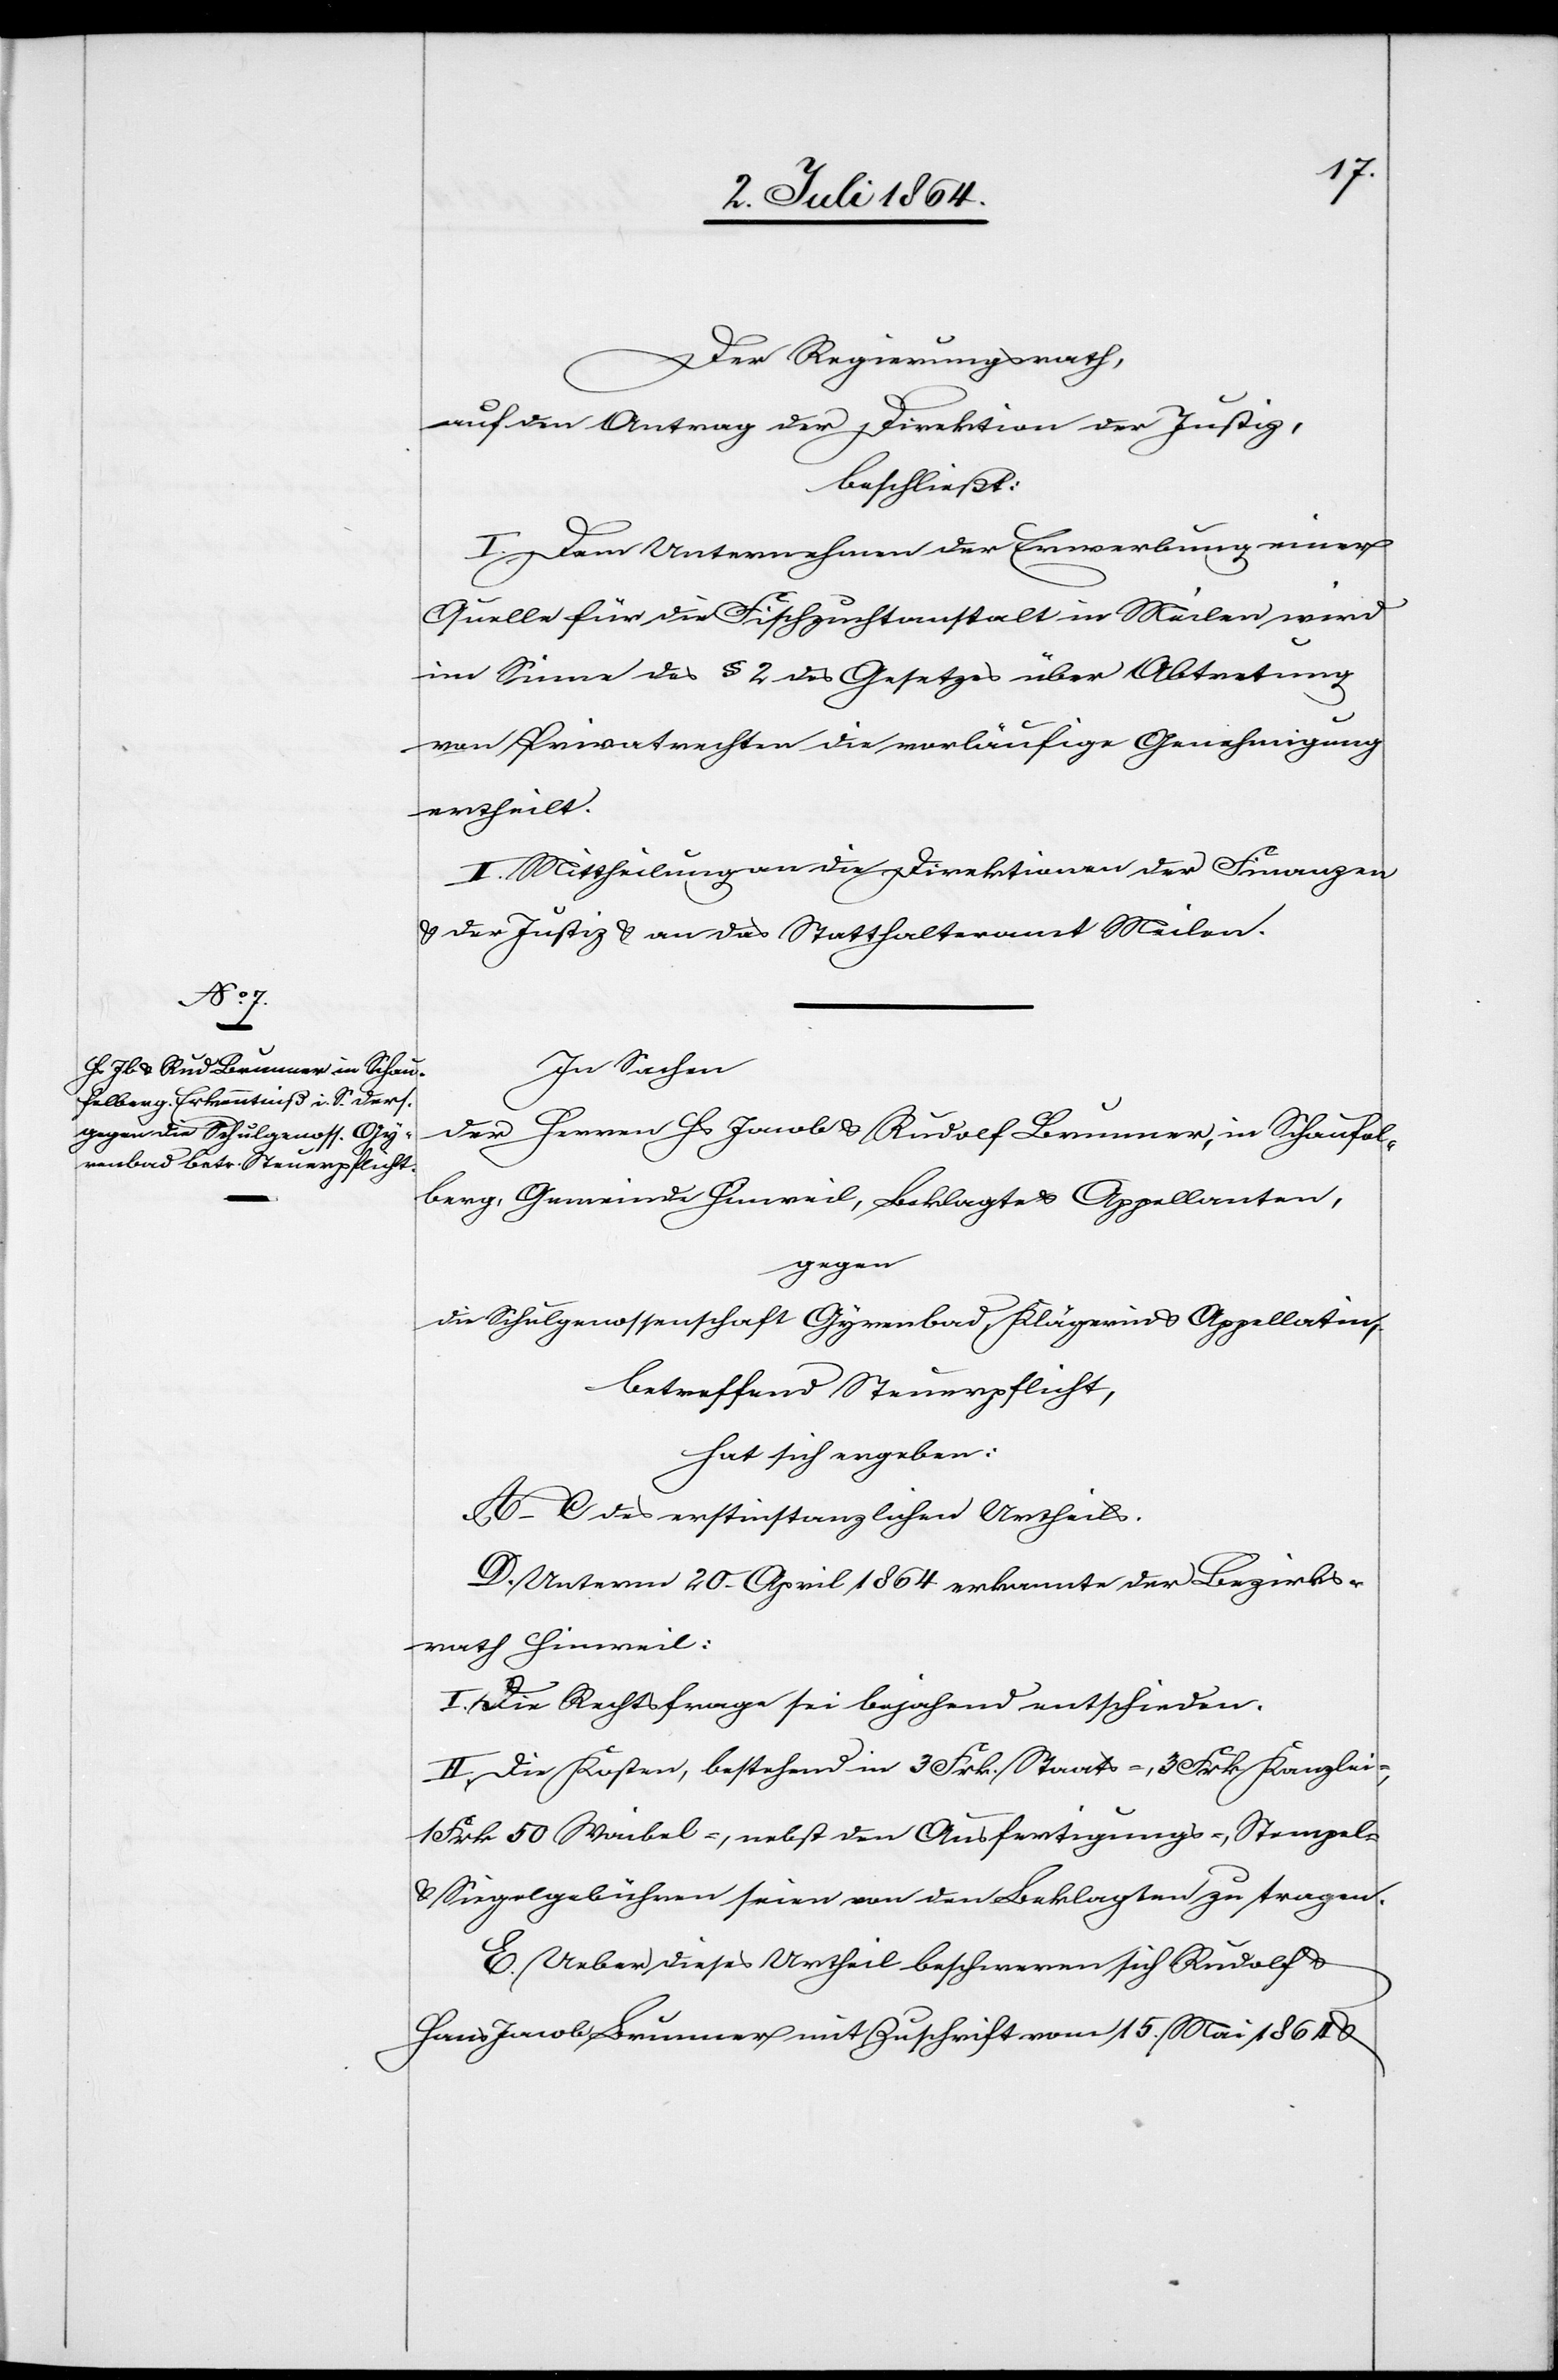
Der Regierungsrath,
auf den Antrag der Direktion der Justiz,
beschließt:
I. Dem Unternehmen der Erwerbung einer
Quelle für die Fischzuchtanstalt in Meilen wird
im Sinne des § 2 des Gesetzes über Abtretung
von Privatrechten die vorläufige Genehmigung
ertheilt.
II. Mittheilung an die Direktionen der Finanzen
u. der Justiz u. an das Statthalteramt Meilen.
In Sachen
der Herren Hs Jacob u. Rudolf Brunner, in Schaufel¬
berg, Gemeinde Hinweil, Beklagte u. Appellanten,
gegen
die Schulgenossenschaft Gyrenbad, Klägerin u. Appellatin,
betreffend Steuerpflicht,
hat sich ergeben:
A–C des erstinstanzlichen Urtheils.
D. Unterm 20. April 1864 erkannte der Bezirks¬
rath Hinweil:
I. Die Rechtsfrage sei bejahend entschieden.
II. Die Kosten, bestehend in 3 Frk. Staats-, 3 Frk. Kanzlei-,
1 Frk 50 Waibel-, nebst den Ausfertigungs-, Stempel-
u. Siegelgebühren seien von den Beklagten zu tragen.
E. Ueber dieses Urtheil beschweren sich Rudolf u.
Hans Jacob Brunner mit Zuschrift vom 15. Mai 1864 u.